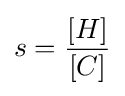
s={\frac {[H]}{[C]}}